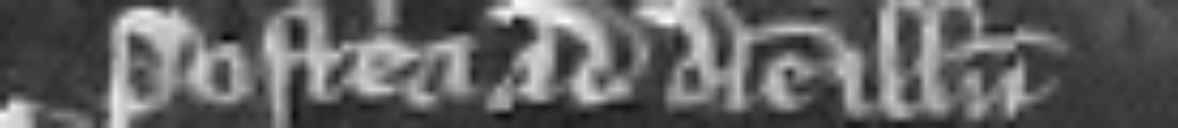
Postea ad diem illum